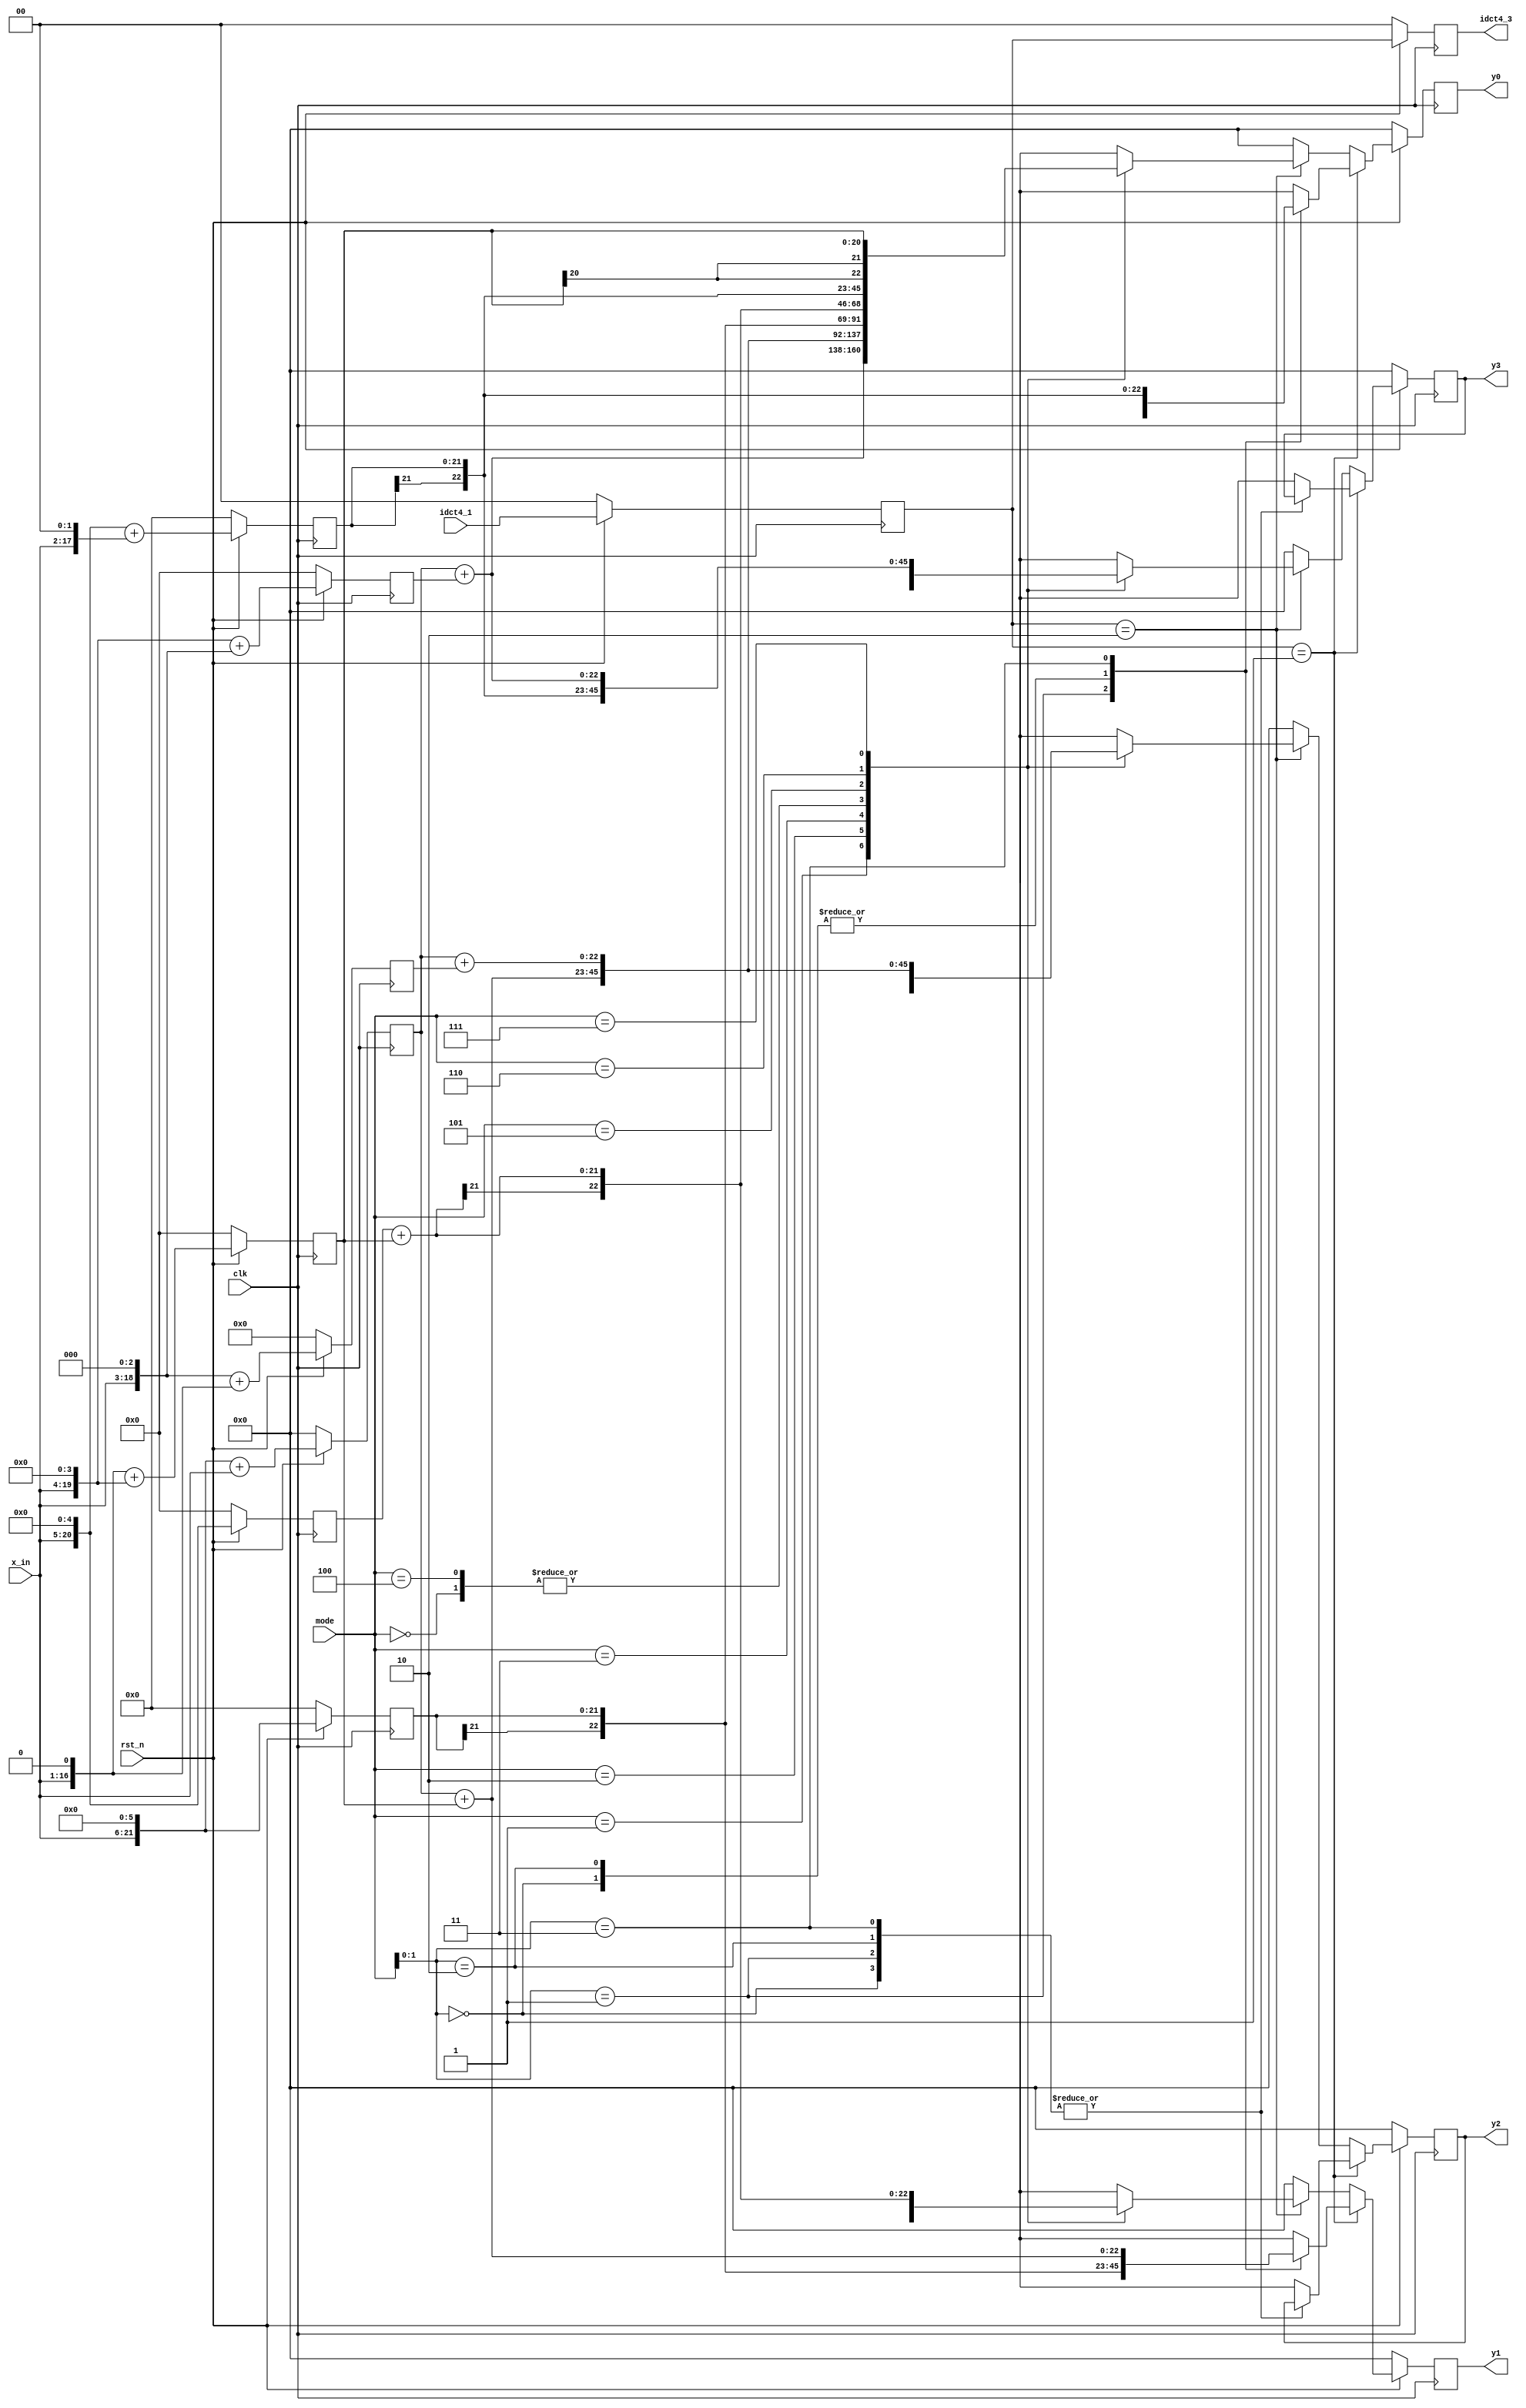
module shift_mul
#(
	parameter WIDTH_X = 16,
	parameter WIDTH_Y = 23
)

(   input clk,
	input rst_n,
    input signed [WIDTH_X-1:0] x_in,
	input [2:0] mode,
	input [1:0]idct4_1,
	output reg [1:0]idct4_3,
	output reg signed [WIDTH_Y-1:0] y0,
	output reg signed [WIDTH_Y-1:0] y1,
	output reg signed [WIDTH_Y-1:0] y2,
	output reg signed [WIDTH_Y-1:0] y3
);
// stage 1
wire signed [WIDTH_X-1:0] x0;
wire signed [WIDTH_X:0] x1;
wire signed [WIDTH_X+1:0] x2;
wire signed [WIDTH_X+2:0] x3;
wire signed [WIDTH_X+3:0] x4; 
wire signed [WIDTH_X+4:0] x5; 
wire signed [WIDTH_X+5:0] x6;


reg signed [WIDTH_Y-4:0] add_10;
reg signed [WIDTH_Y-3:0] add_18;
reg signed [WIDTH_Y-3:0] add_24;
reg signed [WIDTH_Y-2:0] add_36;
reg signed [WIDTH_Y-1:0] add_65;
reg signed [WIDTH_X+4:0] x5_d;
reg signed [WIDTH_X+5:0] x6_d;

reg [1:0] idct4_2;

// stage 2
wire signed [WIDTH_Y-2:0] add_50;
wire signed [WIDTH_Y-1:0] add_75;
wire signed [WIDTH_Y-1:0] add_83;
wire signed [WIDTH_Y-1:0] add_89;

// shift 
assign x0 = x_in;
assign x1 = {x_in,1'b0};
assign x2 = {x_in,2'b0};
assign x3 = {x1,2'b0};
assign x4 = {x_in,4'b0};
assign x5 = {x2,3'b0};    
assign x6 = {x_in,6'b0};



always @(posedge clk ) begin
  if (!rst_n) begin
    idct4_2 <= 2'b0;
  end else begin
    idct4_2 <= idct4_1;
  end
end


always @(posedge clk) begin               //stage 1
	if (!rst_n) begin
	  x5_d <= 21'b0;	
	  x6_d <= 22'b0;
	  add_10 <= 20'b0;
	  add_18 <= 21'b0;
	  add_24 <= 21'b0;        
	  add_36 <= 22'b0;
	  add_65 <= 23'b0;          
	end
	else begin
	  x5_d <= x5;		
	  x6_d <= x6;	  
	  add_10 <= x3 + x1;
	  add_18 <= x1 + x4;
	  add_24 <= x4 + x3;        
	  add_36 <= x5 + x2;
	  add_65 <= x6 + x0; 	  
	end
end

// stage 2
assign add_50 = x5_d + add_18;
assign add_75 = add_65 + add_10;
assign add_83 = add_65 + add_18;
assign add_89 = add_65 + add_24;

always @(posedge clk) begin
  if (!rst_n)
	idct4_3 <= 2'b0;
  else 
	idct4_3 <= idct4_2;
end

always @(posedge clk) begin
	if (!rst_n)
		begin
			y0 <= 23'b0;
			y1 <= 23'b0;
			y2 <= 23'b0;
			y3 <= 23'b0;
		end
    else if (idct4_2==2'b01) begin
		case (mode[1:0])
		2'b00: 
			begin
				y0 <= x6_d;
				y1 <= x6_d;
				y2 <= y2;
				y3 <= y3;
			end
		2'b01:
			begin
				y0 <= add_83;
				y1 <= add_36;
				y2 <= y2;
				y3 <= y3;				
			end
		2'b10:
			begin
				y0 <= x6_d;
				y1 <= x6_d;
				y2 <= y2;
				y3 <= y3;
			end	
		2'b11:
			begin
				y0 <= add_36;
				y1 <= add_83;
				y2 <= y2;
				y3 <= y3;
		    end
	   endcase
	 end
	else if (idct4_2==2'b10) begin
		  case(mode)
		3'b000:
			begin
				y0 <= x6_d;
				y1 <= x6_d;
				y2 <= x6_d;
				y3 <= x6_d;
			end
		3'b001:
			begin
				y0 <= add_89;
				y1 <= add_75;
				y2 <= add_50;
				y3 <= add_18;
			end	
		3'b010:
			begin
				y0 <= add_83;
				y1 <= add_36;
				y2 <= add_36;
				y3 <= add_83;
			end	
		3'b011:
			begin
				y0 <= add_75;
				y1 <= add_18;
				y2 <= add_89;
				y3 <= add_50;
			end	
		3'b100:
			begin
				y0 <= x6_d;
				y1 <= x6_d;
				y2 <= x6_d;
				y3 <= x6_d;
			end	
		3'b101:
			begin
				y0 <= add_50;
				y1 <= add_89;
				y2 <= add_18;
				y3 <= add_75;
			end	
		3'b110:
			begin
				y0 <= add_36;
				y1 <= add_83;
				y2 <= add_83;
				y3 <= add_36;
			end				
		3'b111:
			begin
				y0 <= add_18;
				y1 <= add_50;
				y2 <= add_75;
				y3 <= add_89;
			end
		endcase	  
	 end
	else
		begin
			y0 <= 23'b0;
			y1 <= 23'b0;
			y2 <= 23'b0;
			y3 <= 23'b0;
		end
 end
endmodule